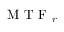
\mathrm { ~ M ~ T ~ F ~ } _ { r }